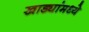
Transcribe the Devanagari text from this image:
खाड्यांमध्ये